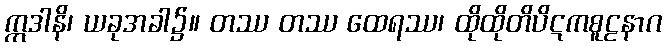
ဣဒါနိ၊ ယခုအခါ၌။ တဿ တဿ ထေရဿ၊ ထိုထိုတိပိဋကစူဠနာဂ